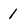
Character: 1